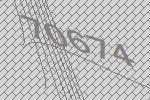
70674